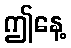
ဤနေ့